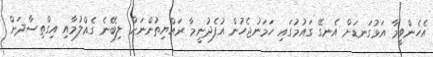
އެހެންވީމާ އަޅުގަނޑަށް އެނގޭ ގައުމުގައި ހަމަނުޖެހުން އުފެދުނީމާ ރައްޔިތުންނަށް ލިބޭނެ ގެއްލުމާއި އިގްތިސާދަށް